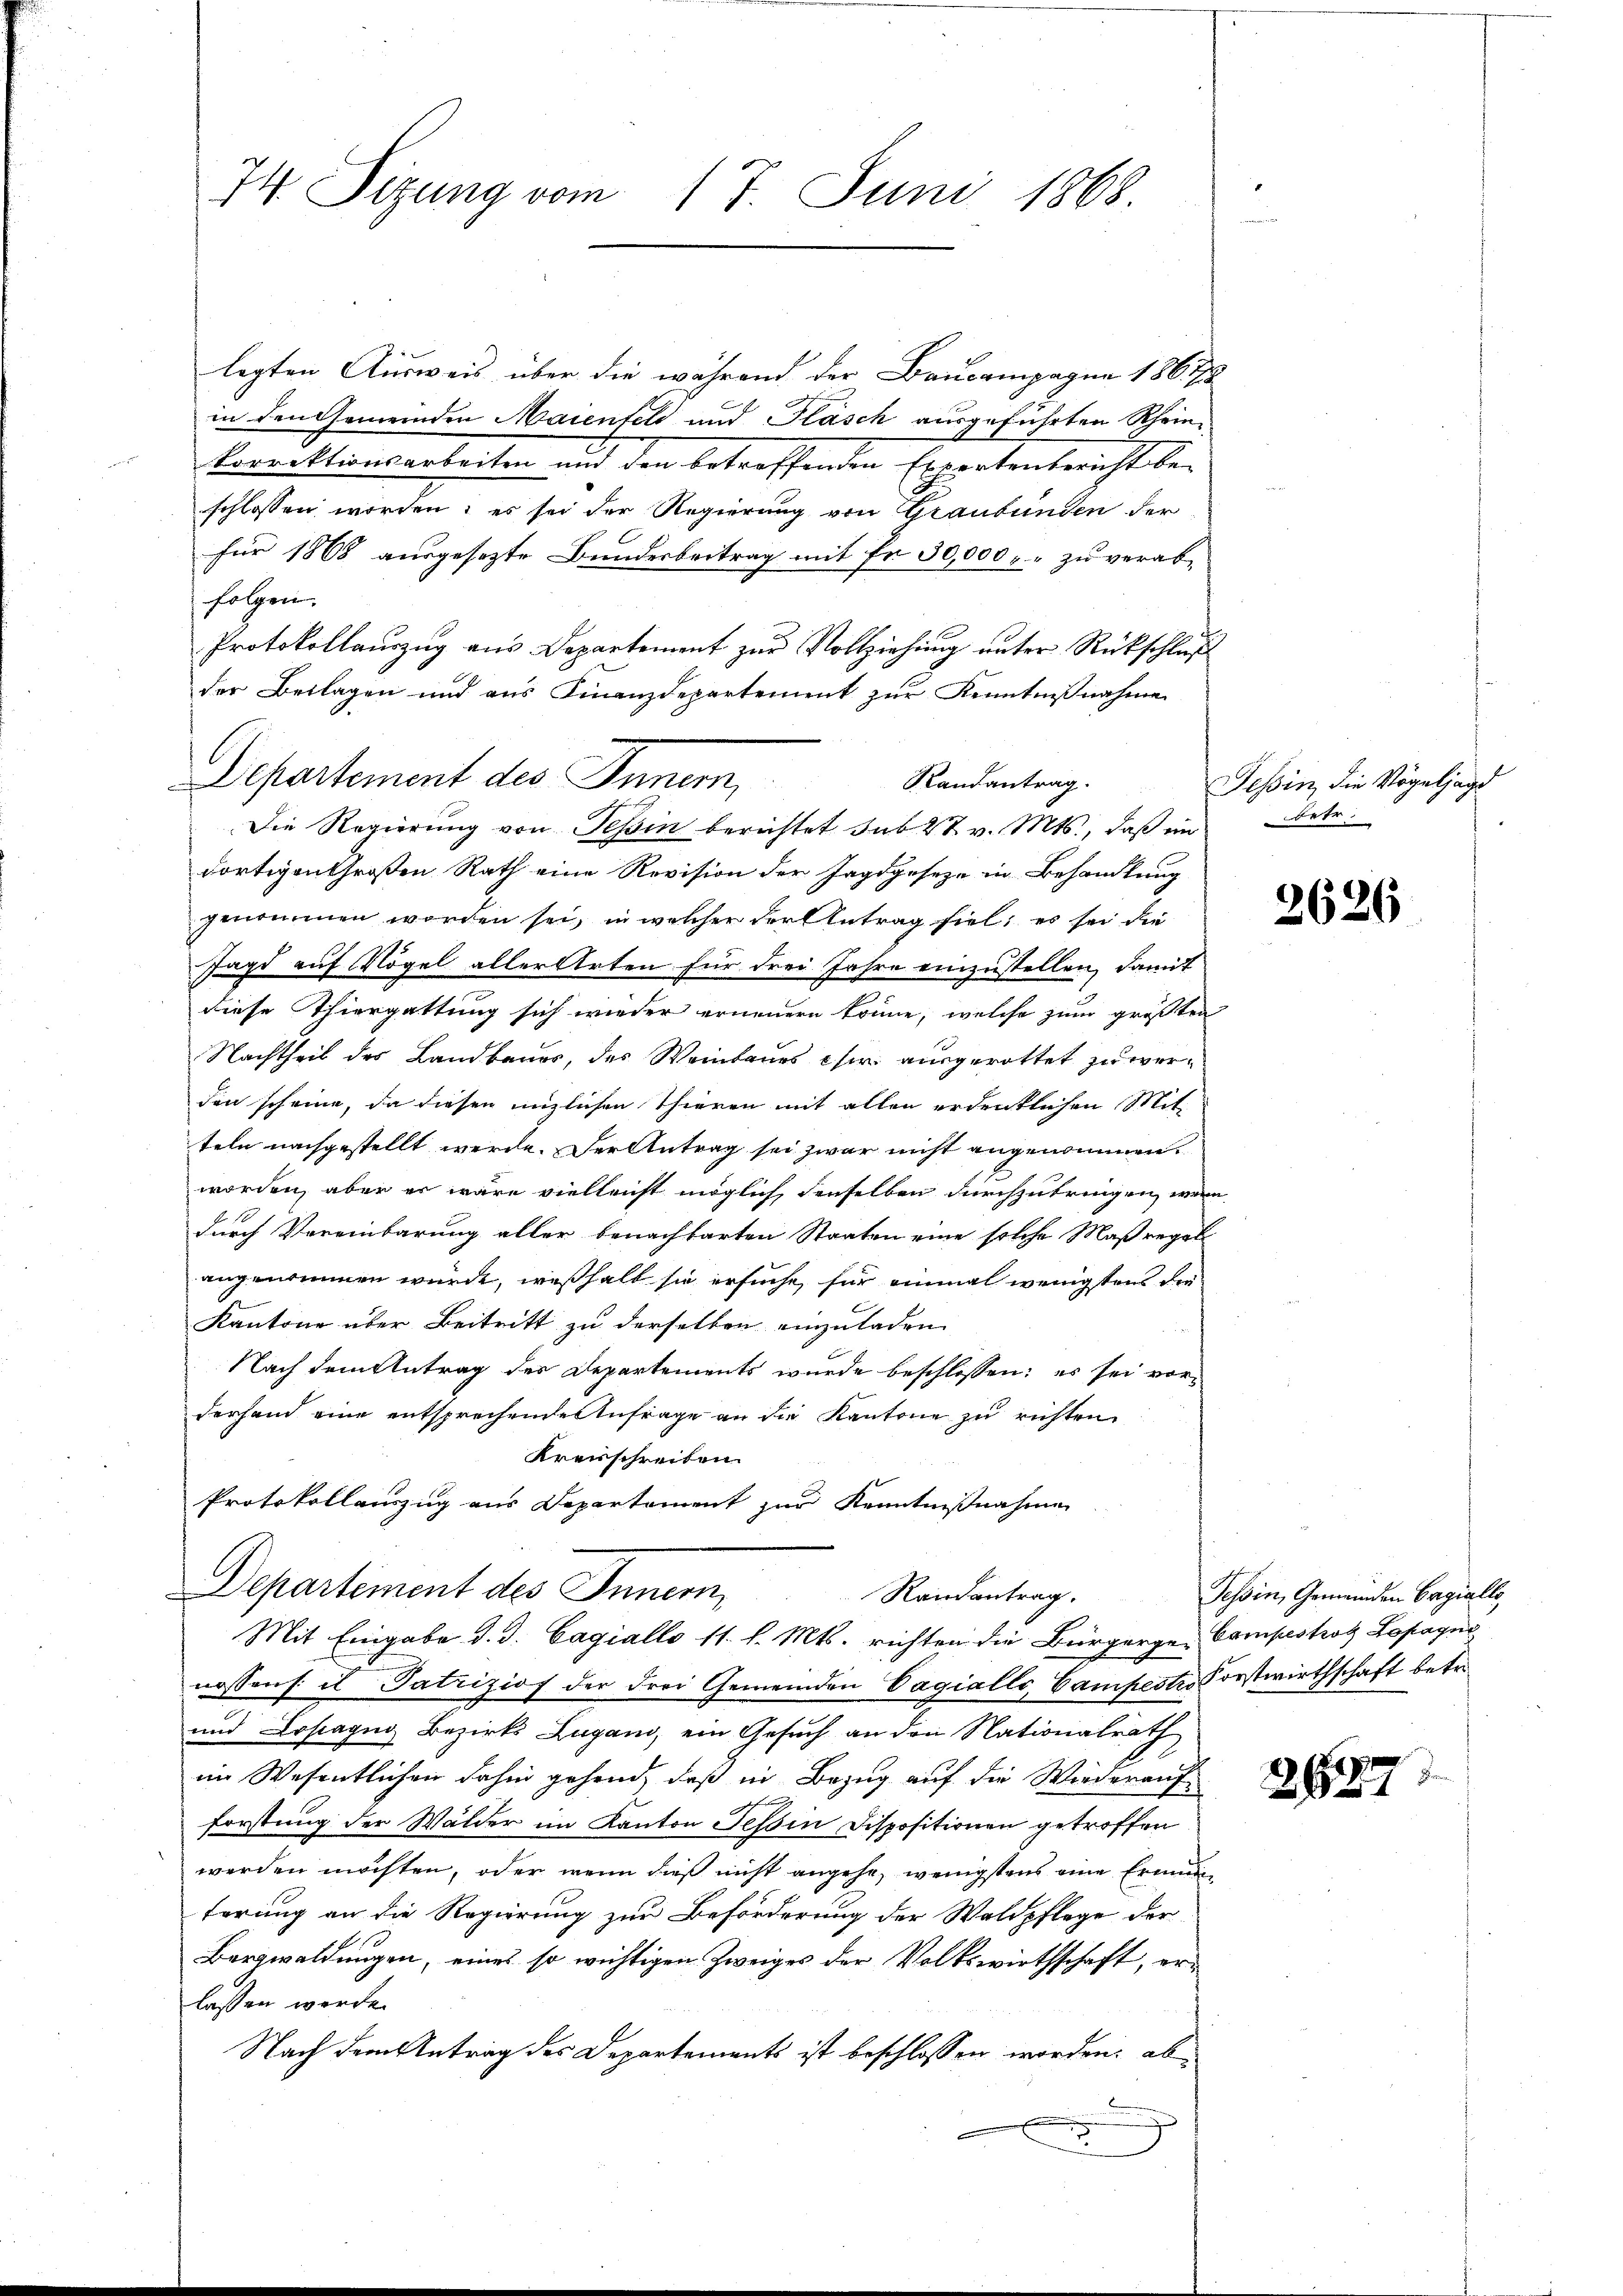
74. Sizung vom 17. Juni 1868

legten Ausweis über die während der Baucompagne 186178
in den Gemeinden Maienfeld und Fläsch ausgeführten Rhein-
korrektionsarbeiten und den betreffenden Exportenbericht be-
schlossen worden; es sei der Regierung von Graubünden der
für 1868 ausgesezte Bundesbeitrag mit Fr. 30,000. zu verabfolgen.
Protokollauszug aus Departement zur Vollziehung unter Rückschluß
der Beilagen und aus Finanzdepartement zur Kenntnißnahme
Die Regierung von Tessin berichtet sub 28. v. Mts., daß ein betr.
dortigen Großen Rath eine Revision der Jagdgeseze in Behandlung
genommen worden sei, in welcher der Antrag fiel; es sei die
Jagd auf Vögel aller Arten für drei Jahre einzustellen, damit
diese Thiergattung sich wieder erneuern könne, welche zum größten
Nachtheil des Landbaues, das Weinbaues eher ausgerottet zu werden scheine, da diesen unzlichen Thieren mit allen erdentlichen Mitteln nachgestellt werde. Der Antrag sei zwar nicht angenommen.
worden, aber er wäre vielleicht möglich denselben durchzubringen, wenn
durch Vereinbarung aller benachbarten Staaten eine solche Maßregel
angenommen würde, weßhalb sie ersuche, für einmal wenigstens die
Kantone über Beitritt zu derselben einzuladen |
Nach dem Antrag des Departements wurde beschlossen; es sei vorderhand eine entsprechenden Anfrage an die Kantone zu richten
Kreisschreiben.
Protokollauszug aus Departement zur Kenntnißnahme
Departement des Innern,
Randantrag.
Mit Eingabe d. d. Cagiallo 11. l. Mts. richten die Bürgerge-Compestrotz Lopagni
nossens il Patriziof der drei Gemeinden Vagialls, Campestes Forstwirthschaft betri¬
und Losagus Bezirks Zugano, ein Gesuch an den Nationalrath
im Wesentlichen dahin gehend, daß in Bezug auf die Wiederaufforstung der Wälder im Kanton Tessin, Dispositionen getroffen
werden möchten, oder wenn dieß nicht angehe, wenigstens eine Ermüd
ferung an die Regierung zur Beförderung der Waldpflege der
Bergwaldungen, eines so wichtigen Zweiges der Volkswirthschaft, erlassen werde.
Nach dem Antrag des Departements ist beschlossen worden, ab

Departement des Innern,

Randantrag.

Tessin, die Vögeljagd

2626

Tessin, Gemeinden Orgialle,

267